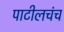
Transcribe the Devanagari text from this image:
पाटीलचंच